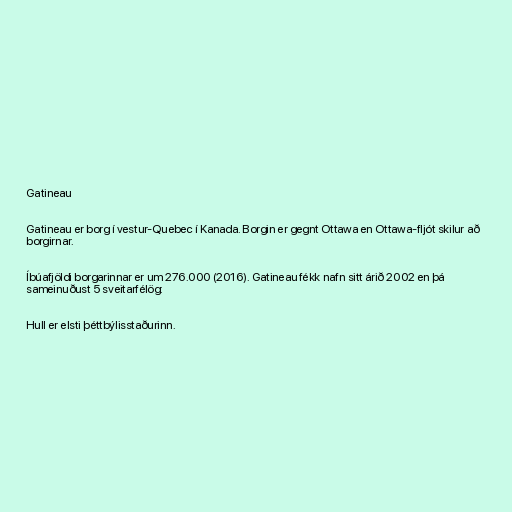
Gatineau

Gatineau er borg í vestur-Quebec í Kanada. Borgin er gegnt Ottawa en Ottawa-fljót skilur að
borgirnar.

Íbúafjöldi borgarinnar er um 276.000 (2016). Gatineau fékk nafn sitt árið 2002 en þá
sameinuðust 5 sveitarfélög:

Hull er elsti þéttbýlisstaðurinn.